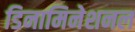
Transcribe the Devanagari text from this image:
डिनामिनेशनल